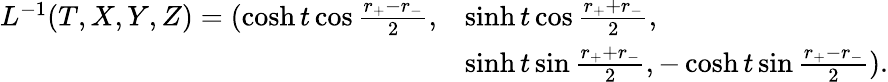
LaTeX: \begin{array}{ll}{{L^{-1}(T,X,Y,Z)=(\cosh t\cos\frac{r_{+}-r_{-}}{2},}}&{{\sinh t\cos\frac{r_{+}+r_{-}}{2},}}\\ {{}}&{{\sinh t\sin\frac{r_{+}+r_{-}}{2},-\cosh t\sin\frac{r_{+}-r_{-}}{2}).}}\end{array}